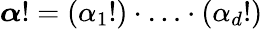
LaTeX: {\boldsymbol{\alpha}}!=(\alpha_{1}!)\cdot\ldots\cdot(\alpha_{d}!)